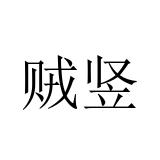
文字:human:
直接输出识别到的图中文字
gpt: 贼竖